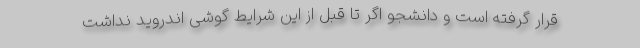
قرار گرفته است و دانشجو اگر تا قبل از این شرایط گوشی اندروید نداشت